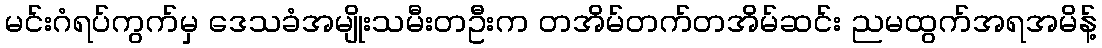
မင်းဂံရပ်ကွက်မှ ဒေသခံအမျိုးသမီးတဦးက တအိမ်တက်တအိမ်ဆင်း ညမထွက်အရအမိန့်